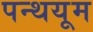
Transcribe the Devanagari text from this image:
पन्थयूम